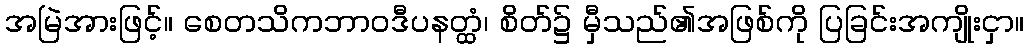
အမြဲအားဖြင့်။ စေတသိကဘာဝဒီပနတ္ထံ၊ စိတ်၌ မှီသည်၏အဖြစ်ကို ပြခြင်းအကျိုးငှာ။